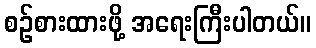
စဉ်စားထားဖို့ အရေးကြီးပါတယ်။